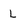
Character: l